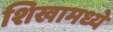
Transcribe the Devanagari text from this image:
शिखामध्ये